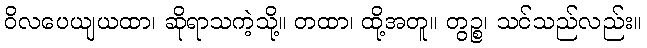
ဝိလပေယျယထာ၊ ဆိုရာသကဲ့သို့။ တထာ၊ ထို့အတူ။ တွဉ္စ၊ သင်သည်လည်း။